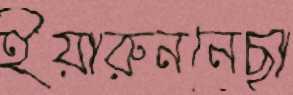
ইয়ারুননেছা